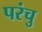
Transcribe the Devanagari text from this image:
परंचु